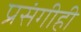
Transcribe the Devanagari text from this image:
प्रसंगीही